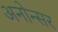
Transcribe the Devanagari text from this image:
अनोन्सर